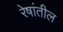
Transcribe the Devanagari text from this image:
रेषांतील